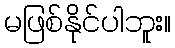
မဖြစ်နိုင်ပါဘူး။